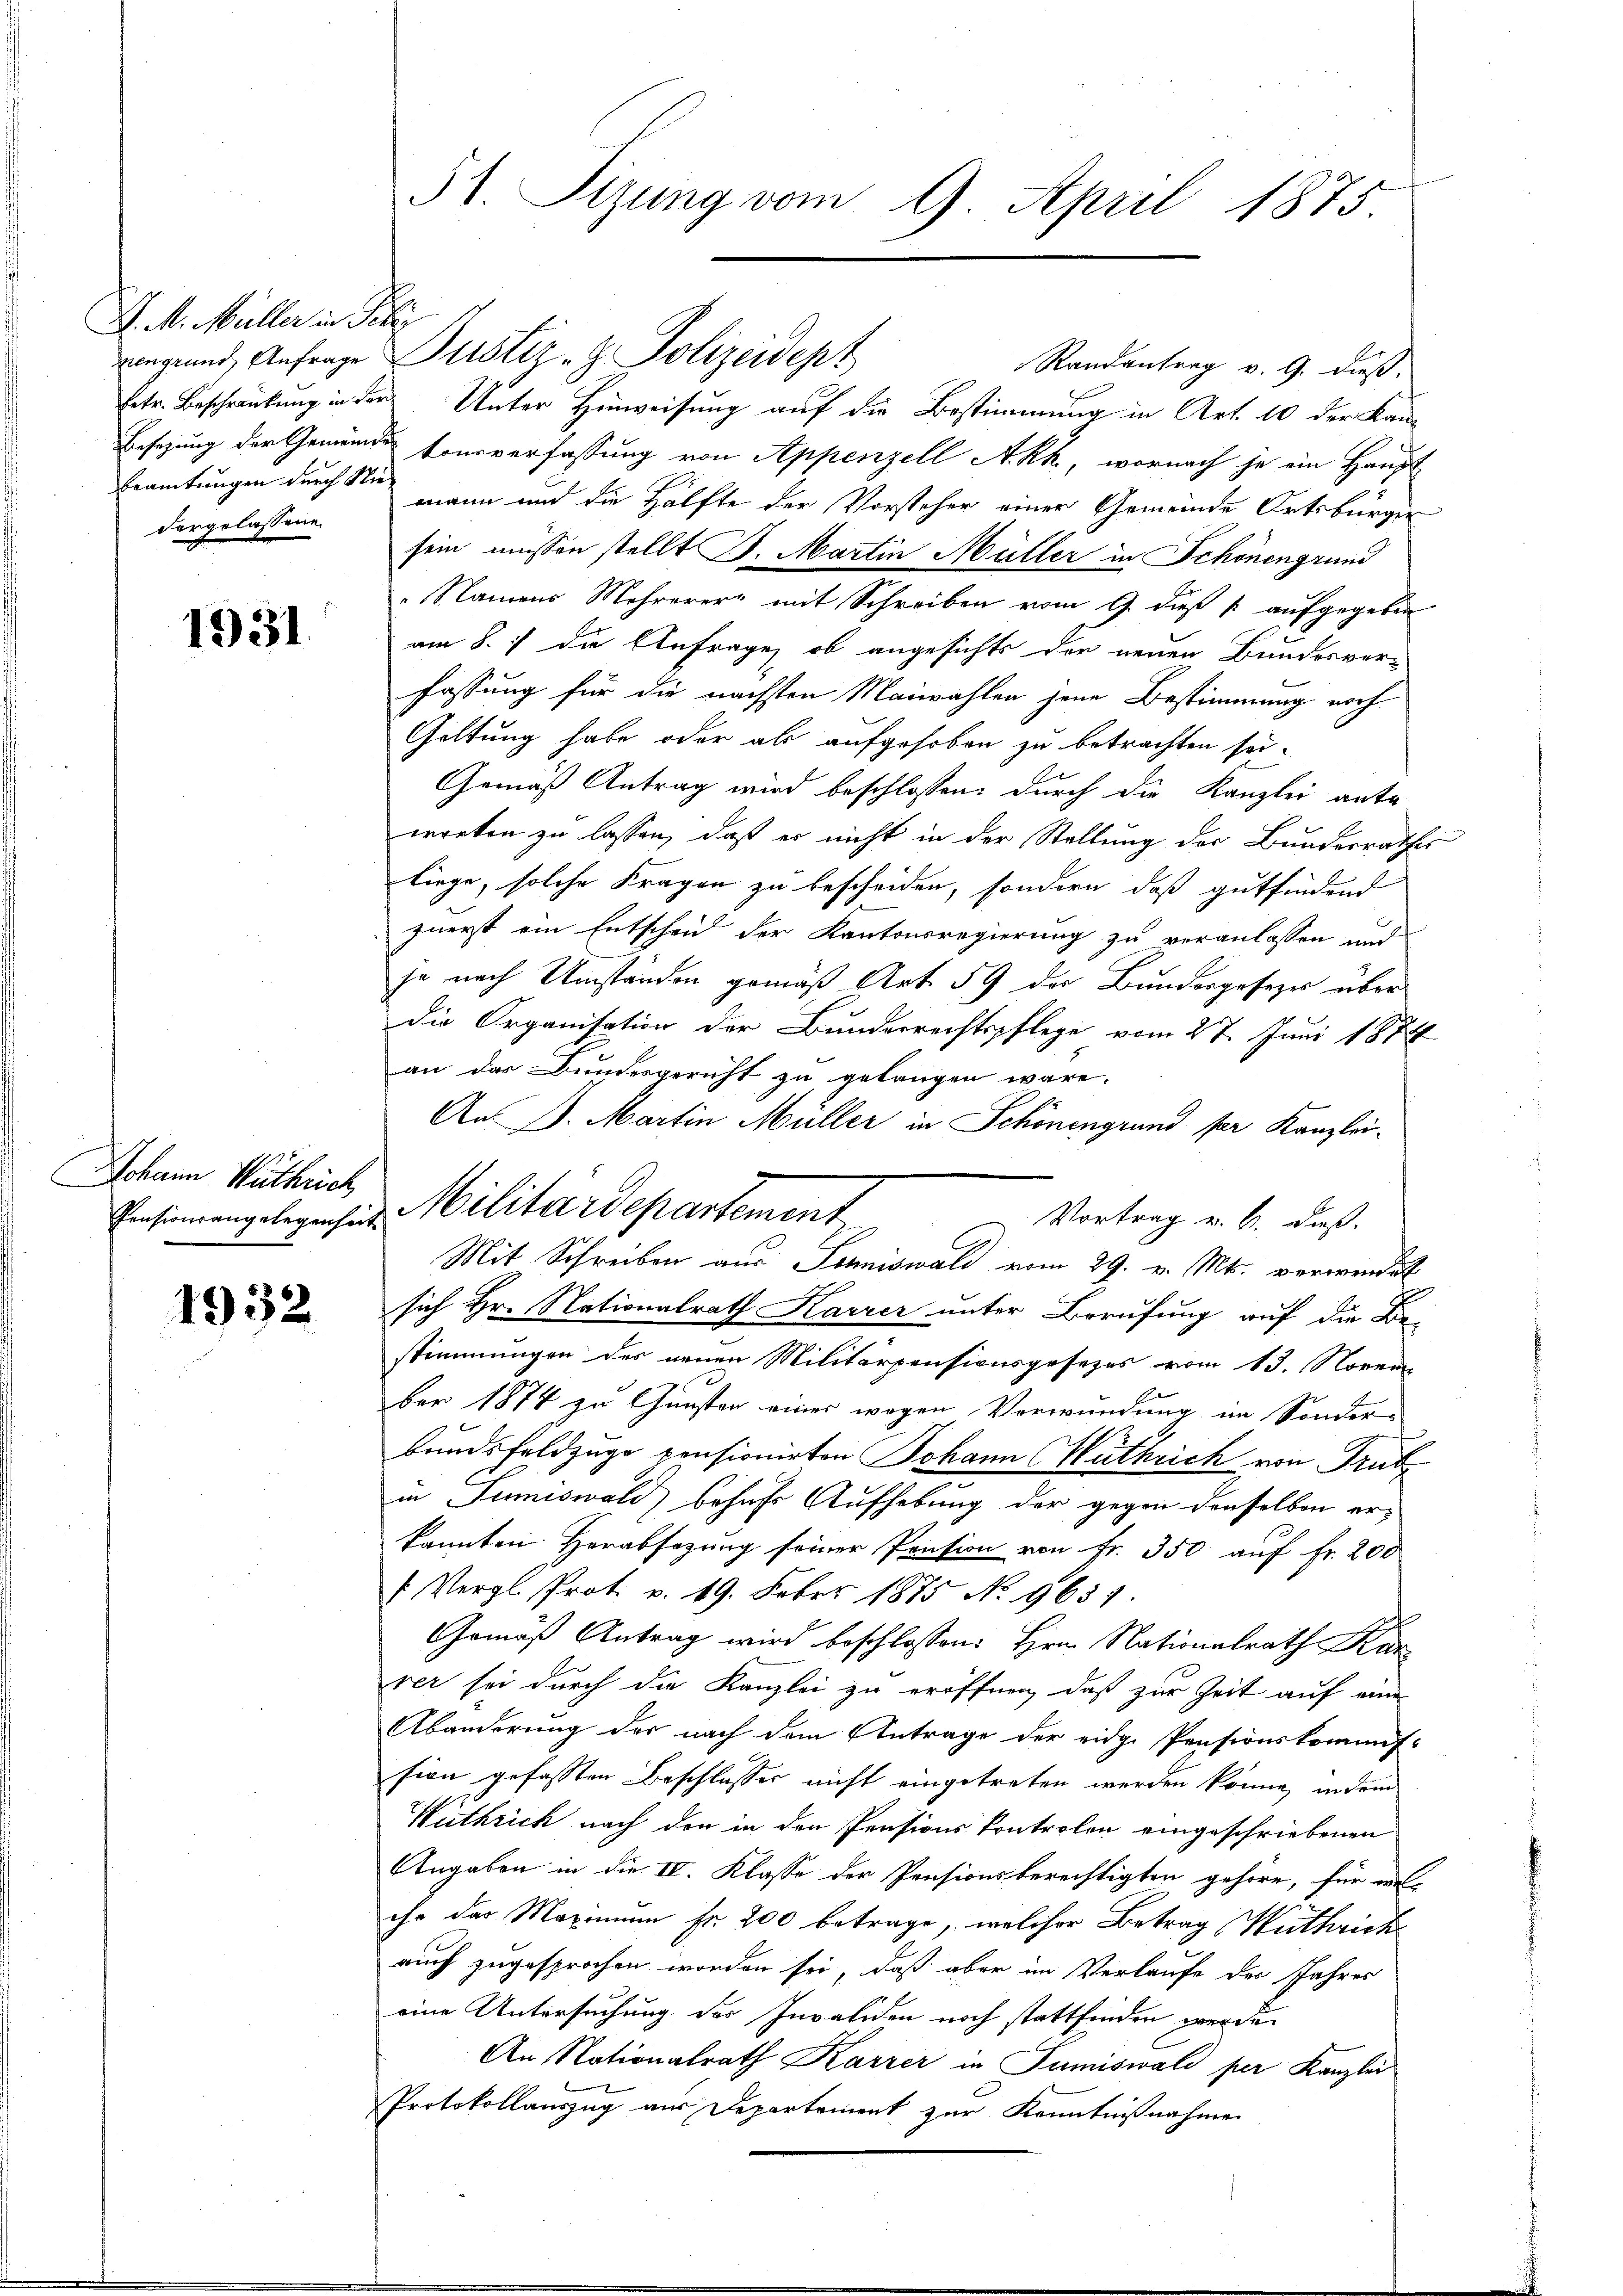
J. M. Müller in Peter
Beamtungen durch Niedergelassene

1931.

Johann Wuthrich

1932

51. Sizung vom 9. April 1875.

ngrund, Anfrage Justiz- & Polizeidept
Randantrag v. 9. dieß.
Eetr. Beschränkung in der Unter Hinweisung auf die Bestimmung in Art. 10 der Kan¬
Besezung der Gemeinde tonsverfassung von Appenzell A.Rh., wornach je ein Haupt
mann und die Hälfte der Vorsteher einer Gemeinde Ortsbürger
sein müssen stellt B. Martin Müller in Schönengrund
"Namens Mehrerer mit Schreiben vom 9. dieß [ aufgegeben
am 8. 7 die Anfrage, ob angesichts der neuen Bundesverfassung für die nächsten Maiwahlen jene Bestimmung noch
Goltung habe oder als aufgehoben zu betrachten sei.
Gemäß Antrag wird beschlossen: durch die Kanzlei ante-
worten zu lassen, daß er nicht in der Stellung der Bundesrathes
liege, solche Fragen zu bescheiden, sondern, daß gutfindend
zuerst ein Entscheid der Kantonsregierung zu veranlassen und
ja nach Umständen gemäß Art. 59 der Bundesgesezes über
die Organisation der Bundesrechtspflege vom 27. Juni 1874
an das Bundesgericht zu gelangen wäre.
An D. Martin Müller in Schönengrund per Kanzlei¬
 Vortrag v. 6. daß
Mit Schreiben aus Schniswald vom 29. v. Mts. verwendet
sich Hr. Nationalrath Karrer unter Berufung auf die Be-
stimmungen des neuen Militärpensionsgesezes vom 13. Novem
ber 1874 zu Gunsten einer wegen Verwendung im Sonder-
bundsfeldzuge pensionirten Johann (Wathrich von Trub
in Tumiswald behufs Aufhebung der gegen denselben er-
kannten Herabsetzung seiner Pension von Fr. 350 auf Fr. 200
 Vergl. Prot. v. 19. Feber 1875 No 9651
Gemäß Antrag wird beschlossen: Hrn. Nationalrath Kar
rer sei durch die Kanzlei zu eröffnen, daß zur Zeit auf eine
Abänderung des nach dem Antrage der eidg. Pensionskommis-
sion gefassten Beschlusses nicht eingetreten werden könne, indem
Wüthrich nach den in den Pensions Controlon eingeschriebenen
Angaben in die IV. Klasse der Pensionsberechtigten gehöre, für viel-
che das Maximum fr. 200 betrage, welcher Betrag (Wuthrich
auch zugesprochen worden sei, daß aber im Verlaufe des Jahres
eine Untersuchung des Invaliden noch stattfinden werde
An Nationalrath Karrer in Sumiswald per Kanzlei
Protokollauszug aus Departement zur Kenntnißnahme

Einsinnungslegensich Militärdepartement